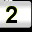
Digit: 2